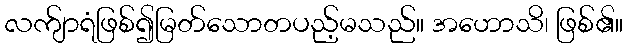
လက်ျာရံဖြစ်၍မြတ်သောတပည့်မသည်။ အဟောသိ၊ ဖြစ်၏။